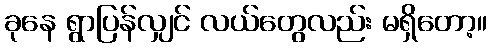
ခုနေ ရွာပြန်လျှင် လယ်တွေလည်း မရှိတော့။